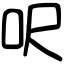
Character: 呎